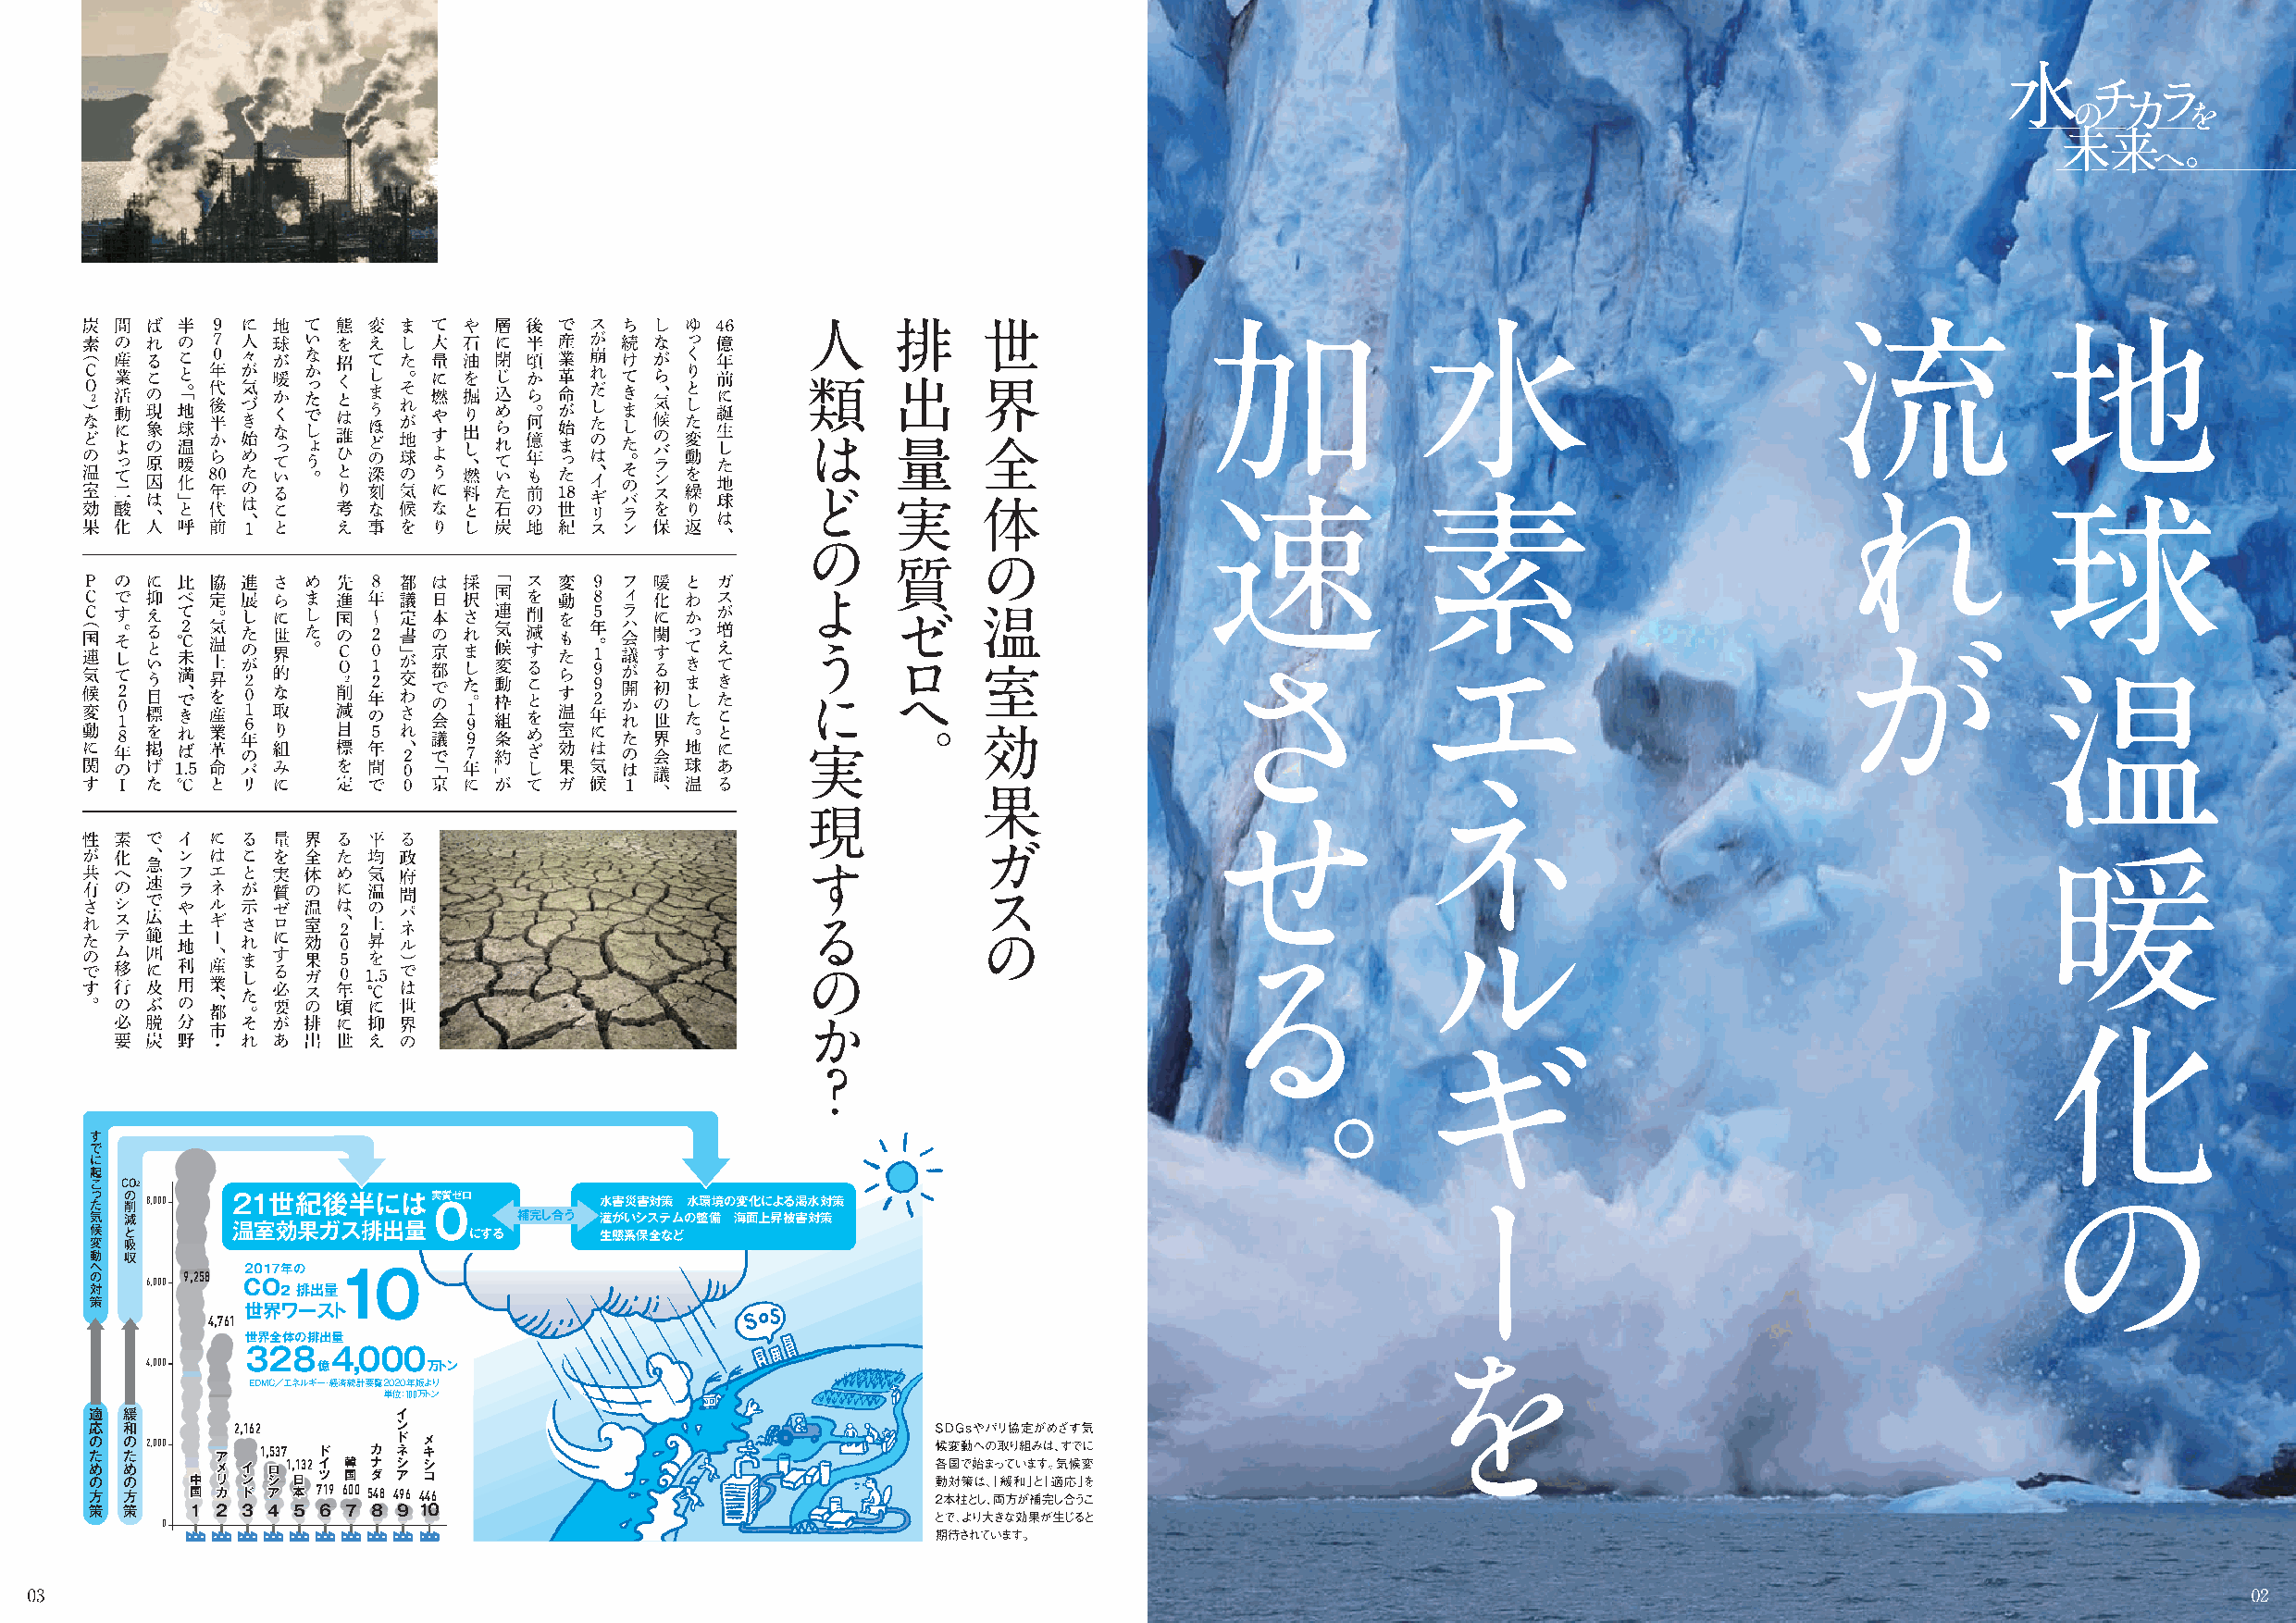
す
 で
 に
 起
 こ  CO2
 っ た の 削 8,000 21世紀後半には実質ゼロ           水害災害対策 水環境の変化による渇水対策
 気  減                     0     補完し合う 灌がいシステムの整備 海面上昇被害対策
 候 変 と 吸    温室効果ガス排出量        にする      生態系保全など
 動  収
 へ
 の      9,258 2017年の
 対   6,000  CO2 排出量10
 策
 世界ワースト
 4,761
 世界全体の排出量
 4,000   328  億4,000  万トン
 EDMC／エネルギー・経済統計要覧2020年版より
 単位：100万トン
 適  緩                  イ
 応  和       2,162      ン
 の た め の の た め の 2,000 中 ア メ リ イ ン 1, ロ シ537 1, 日132 ド イ ツ 韓 国 カ ナ ダ ド ネ シ ア メ キ シ コ
 方  方    国 カ ド ア 本 719 600 548 496 446
 策  策   1 2 3 4 5 6 7 8 9 10
 0